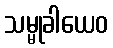
သမ္မုခါယေဝ